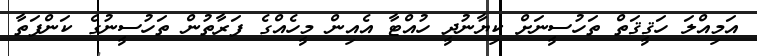
އަމިއްލަ ހަޤީޤަތް ތަހުސީނަށް ކިޔާނުދީ ހުއްޓާ އެއިން މީހެއްގެ ފަރާތުން ތަހުސީނުގެ ކަންފަތާ